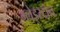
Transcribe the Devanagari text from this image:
ग्लेड्स्टोन